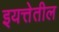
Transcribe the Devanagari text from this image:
इयत्तेतील